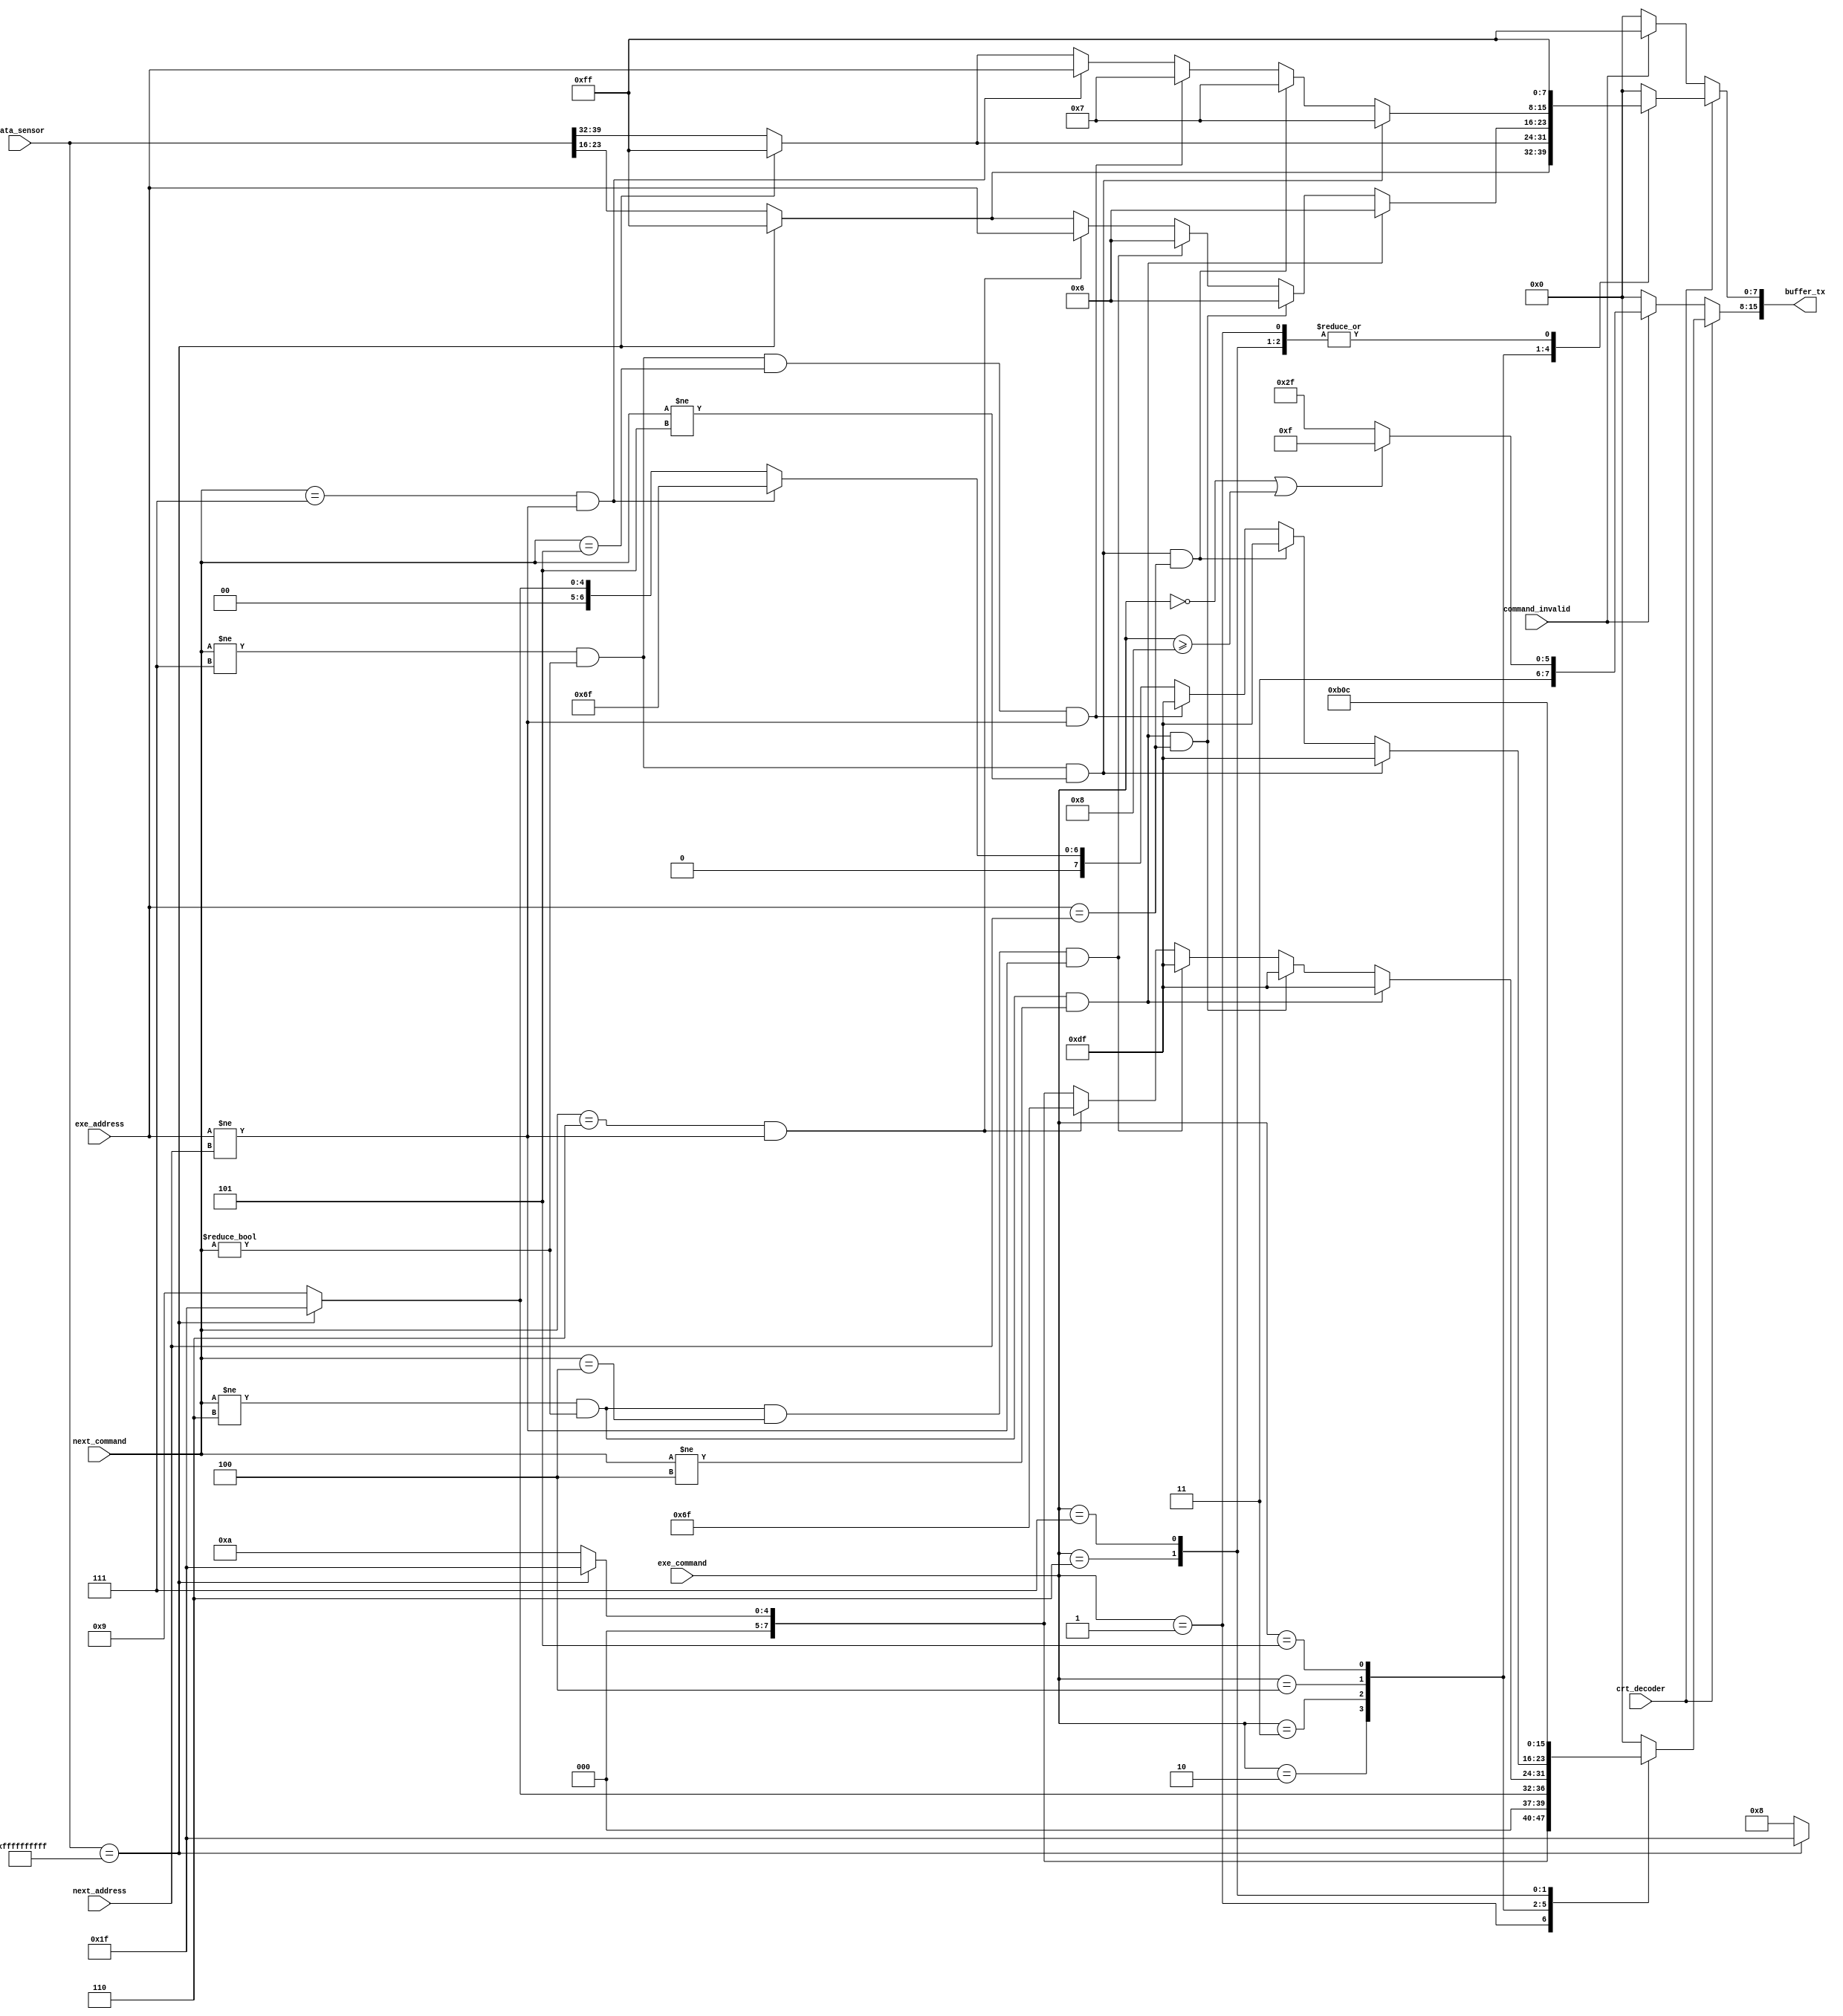
/* MODULO REFERENTE A TABELA DE COMANDOS
	- PROCESSA OS COMANDOS RECEBIDOS E GERA AS RESPOSTAS ADEQUADAS, ARMAZENANDO O RESULTADO EM BUFFER_TX.
*/
module commands_table(input [7:0] exe_command,		// COMANDO EM EXECUCAO
							 input [7:0] next_command,		// NOVO COMANDO RECEBIDO
							 input crt_decoder,				// ENABLE DE DECODIFICACAO PARA CASOS REGULARES
							 input [39:0] data_sensor,		// DADOS DO SENSOR
							 input command_invalid,			// ENABLE DE DECODIFICACAO PARA CASOS IRREGULARES
							 input [7:0] next_address,		// NOVO ENDERECO RECEBIDO
							 input [7:0] exe_address,		// ENDERECO EM EXECUCAO
							 output reg [15:0] buffer_tx	// BUFFER DE SAIDA PARA A TRANSMISSAO
);


//================================================================================================================================
//                   					COMANDOS DE REQUISICAO DO USUARIO
//================================================================================================================================
		
	localparam CURRENT_SENSOR_SITUATION     = 8'h1,	// COMANDO PARA OBTER A SITUACAO ATUAL DO SENSOR
              TEMPERATURE_MEASUREMENT       = 8'h2,	// COMANDO PARA A MEDICAO DA TEMPERATURA	
              HUMIDITY_MEASUREMENT          = 8'h3,	// COMANDO PARA A MEDICAO DA UMIDADE
              ACTIVE_CONTINUOS_TEMPERATURE  = 8'h4,	// COMANDO PARA ATIVAR O SENSORIAMENTO CONTINUO DE TEMPERATURA
              ACTIVE_CONTINUOS_HUMIDITY     = 8'h5,	// COMANDO PARA ATIVAR O SENSORIAMENTO CONTINUO DE UMIDADE
              DISABLE_CONTINUOS_TEMPERATURE = 8'h6,	// COMANDO PARA DESATIVAR O SENSORIAMENTO CONTINUO DE TEMPERATURA
              DISABLE_CONTINUOS_HUMIDITY    = 8'h7;	// COMANDO PARA DESATIVAR O SENSORIAMENTO CONTINUO DE UMIDADE

				  
//================================================================================================================================
//                   				    COMANDOS DE RESPOSTA AO USUARIO
//================================================================================================================================
	
	localparam PROBLEM_SENSOR                      = 8'h1F,	// RESPOSTA DE SENSOR COM PROBLEMA
              SENSOR_WORKING                      = 8'h08,	// RESPOSTA DE SENSOR FUNCIONANDO NORMALMENTE
              CURRENT_HUMIDITY_MEASUREMENT        = 8'h09,	// RESPOSTA COM A MEDICAO ATUAL DE UMIDADE
              CURRENT_TEMPERATURE_MEASUREMENT     = 8'h0A,	// RESPOSTA COM A MEDICAO ATUAL DE TEMPERATURA
              TEMPERATURE_CONTINUOUS_DEACTIVATION = 8'h0B,	// RESPOSTA DE DESATIVAMENTO DO SENSORIAMENTO CONTINUO DE TEMPERATURA
              HUMIDITY_CONTINUOUS_DEACTIVATION    = 8'h0C,	// RESPOSTA DE DESATIVAMENTO DO SENSORIAMENTO CONTINUO DE UMIDADE
              VOID                                = 8'hFF,	// RESPOSTA VAZIA
              COMMAND_DOES_NOT_EXIST              = 8'hCF,	// RESPOSTA DE COMANDO NAO EXISTENTE
              ADDRESS_DOES_NOT_EXIST              = 8'hEF,	// RESPOSTA DE ENDERECO NAO EXISTENTE
              INCORRECT_COMMAND                   = 8'hDF,	// RESPOSTA DE COMANDO INCORRETO
              INCORRECT_SENSOR_ADDRESS            = 8'h6F;	// RESPOSTA DE ENDERECO INCORRETO
					
					
	/* SEMPRE QUE HOUVER MUDANCAS EM UMA DAS TRES ENTRADAS */
	always @(exe_command, crt_decoder, data_sensor, command_invalid, next_address, exe_address, next_command) begin
	
		// VERIFICA SE O DECODIFICADOR ESTA ATIVADO
		if (crt_decoder) begin
		
			// DETERMINA A RESPOSTA COM BASE NO COMANDO EM EXECUCAO
			case (exe_command)
			
				/* SITUACAO ATUAL DO SENSOR */
				CURRENT_SENSOR_SITUATION: begin 		
					if (data_sensor == 40'd1099511627775) begin  // SENSOR COM PROBLEMA
						buffer_tx[15:8] <= PROBLEM_SENSOR;
						buffer_tx[7:0] <= VOID;							
					end
					
					else begin 				                      	// SENSOR FUNCIONANDO 			
						buffer_tx[15:8] <= SENSOR_WORKING;
						buffer_tx[7:0] <= VOID;							
					end		
					
				end
			
				/* MEDICAO DA TEMPERATURA */
				TEMPERATURE_MEASUREMENT: begin	
					if (data_sensor == 40'd1099511627775) begin	 // SENSOR COM PROBLEMA							
						buffer_tx[15:8] <= PROBLEM_SENSOR;						
						buffer_tx[7:0]  <= VOID;		
					end					
					
					else begin 		                            	 // TEMPERATURA ATUAL						
						buffer_tx[15:8] <= CURRENT_TEMPERATURE_MEASUREMENT; 
						buffer_tx[7:0] <= data_sensor[23:16];							
					end	
					
				end
				
				/* MEDICAO DA UMIDADE */
				HUMIDITY_MEASUREMENT: begin                                    
					if (data_sensor == 40'd1099511627775) begin	// SENSOR COM PROBLEMA									
						buffer_tx[15:8] <= PROBLEM_SENSOR;
						buffer_tx[7:0] <= VOID;										
					end
								 
					else begin		                          		// UMIDADE ATUAL								
						buffer_tx[15:8] <= CURRENT_HUMIDITY_MEASUREMENT;            
						buffer_tx[7:0] <= data_sensor[39:32];										
					end
									
				end
				
				/* SENSORIAMENTO CONTINUO DE TEMPERATURA ATIVO */
				ACTIVE_CONTINUOS_TEMPERATURE: begin
				
					// CASO DE ERRO: PROXIMO COMANDO DIFERENTE DO DE DESABILITAR O SENSORIAMENTO CONTINUO
					if (next_command != DISABLE_CONTINUOS_TEMPERATURE && next_command != 8'd0 
                        && next_command != ACTIVE_CONTINUOS_TEMPERATURE) begin   
						buffer_tx[15:8] <= INCORRECT_COMMAND;
						buffer_tx[7:0] <= DISABLE_CONTINUOS_TEMPERATURE;
					end
					
					// CASO DE ERRO: PROXIMO COMANDO DIFERENTE DO DE DESABILITAR O CONTINUO MAS COM ENDERECOS IGUAIS
					else if (next_command != DISABLE_CONTINUOS_TEMPERATURE && next_command != 8'd0 
                        && next_command != ACTIVE_CONTINUOS_TEMPERATURE  &&  exe_address == next_address) begin   
						buffer_tx[15:8] <= INCORRECT_COMMAND;
						buffer_tx[7:0] <= DISABLE_CONTINUOS_TEMPERATURE;
					end
					
					// CASO DE ERRO: TENTATIVA DE ATIVAR O SENSORIAMENTO CONTINUO DE OUTRO SENSOR
					else if (next_command != DISABLE_CONTINUOS_TEMPERATURE && next_command != 8'd0 
                        && next_command == ACTIVE_CONTINUOS_TEMPERATURE  &&  exe_address != next_address) begin   
						buffer_tx[15:8] <= INCORRECT_COMMAND;
						buffer_tx[7:0] <= DISABLE_CONTINUOS_TEMPERATURE;
					end
					
					// CASO DE ERRO: ENDERECO DIFERENTE DO EM EXECUCAO
					else if (next_command == DISABLE_CONTINUOS_TEMPERATURE && exe_address != next_address) begin
						buffer_tx[15:8] <= INCORRECT_SENSOR_ADDRESS;                                                
						buffer_tx[7:0] <= exe_address;
					end
					
					// CASO DE ERRO: SENSOR COM PROBLEMA
					else if (data_sensor == 40'd1099511627775) begin  		
						buffer_tx[15:8] <= PROBLEM_SENSOR;
						buffer_tx[7:0] <= VOID;								
					end	
					
					// TEMPERATURA ATUAL
					else begin                                        
						buffer_tx[15:8] <= CURRENT_TEMPERATURE_MEASUREMENT;
						buffer_tx[7:0] <= data_sensor[23:16];
					end
								
				end
				
				/* SENSORIAMENTO CONTINUO DE UMIDADE ATIVO */
				ACTIVE_CONTINUOS_HUMIDITY: begin

					// CASO DE ERRO: PROXIMO COMANDO DIFERENTE DO DE DESABILITAR O SENSORIAMENTO CONTINUO
					if (next_command != DISABLE_CONTINUOS_HUMIDITY && next_command != 8'd0 
                        && next_command != ACTIVE_CONTINUOS_HUMIDITY) begin 
						buffer_tx[15:8] <= INCORRECT_COMMAND;
						buffer_tx[7:0] <= DISABLE_CONTINUOS_HUMIDITY;
					end
					
					// CASO DE ERRO: PROXIMO COMANDO DIFERENTE DO DE DESABILITAR O CONTINUO MAS COM ENDERECOS IGUAIS
					else if (next_command != DISABLE_CONTINUOS_HUMIDITY && next_command != 8'd0 
                        && next_command != ACTIVE_CONTINUOS_HUMIDITY  &&  exe_address == next_address) begin   
						buffer_tx[15:8] <= INCORRECT_COMMAND;
						buffer_tx[7:0] <= DISABLE_CONTINUOS_HUMIDITY;
					end
					
					// CASO DE ERRO: TENTATIVA DE ATIVAR O SENSORIAMENTO CONTINUO DE OUTRO SENSOR
					else if (next_command != DISABLE_CONTINUOS_HUMIDITY && next_command != 8'd0 
                        && next_command == ACTIVE_CONTINUOS_HUMIDITY  &&  exe_address != next_address) begin   
						buffer_tx[15:8] <= INCORRECT_COMMAND;
						buffer_tx[7:0] <= DISABLE_CONTINUOS_HUMIDITY;
					end
					
					// CASO DE ERRO: ENDERECO DIFERENTE DO EM EXECUCAO
					else if (next_command == DISABLE_CONTINUOS_HUMIDITY && exe_address != next_address) begin
						buffer_tx[15:8] <= INCORRECT_SENSOR_ADDRESS;                   	
						buffer_tx[7:0] <= exe_address;
					end
					
					// CASO DE ERRO: SENSOR COM PROBLEMA
					else if (data_sensor == 40'd1099511627775) begin 				
						buffer_tx[15:8] <= PROBLEM_SENSOR;
						buffer_tx[7:0] <= VOID;								
					end
						
					// UMIDADE ATUAL
					else begin 	             				
						buffer_tx[15:8] <= CURRENT_HUMIDITY_MEASUREMENT;
						buffer_tx[7:0] <= data_sensor[39:32];								
					end

				end
					
				/* DESATIVA SENSORIAMENTO CONTINUO DE TEMPERATURA */
				DISABLE_CONTINUOS_TEMPERATURE: begin	
						buffer_tx[15:8] <= TEMPERATURE_CONTINUOUS_DEACTIVATION;
						buffer_tx[7:0] <= VOID;	
				end
				
				/* DESATIVA SENSORIAMENTO CONTINUO DE UMIDADE */
				DISABLE_CONTINUOS_HUMIDITY: begin
						buffer_tx[15:8] <= HUMIDITY_CONTINUOUS_DEACTIVATION;
						buffer_tx[7:0] <= VOID;
				end
			
				/* CASO PADRAO: SE NENHUM OUTRO CASO SEJA CORRESPONDENTE */
				default: begin
                    buffer_tx <= 16'd0;
                end			
			
			endcase
		
		end	
		
		// CASO O NOVO PACOTE TENHA ALGUM DADO INVALIDO
		else if (command_invalid) begin
			
			// COMANDO NAO EXISTENTE
			if (exe_command == 8'd0 || exe_command >= 8'd8)begin // comando invalido
				buffer_tx[15:8] <= COMMAND_DOES_NOT_EXIST;	
				buffer_tx[7:0] <= VOID; 
			end
			
			// ENDERECO NAO EXISTENTE
			else begin
				buffer_tx[15:8] <= ADDRESS_DOES_NOT_EXIST;
				buffer_tx[7:0] <= VOID;
			end
			
		end
		
		else 
			buffer_tx <= 16'd0;				
	end		

endmodule